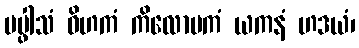
ပပ္ဖါသံ ဝိဟကံ ကိလောမကံ ယကနံ ဟဒယံ၊